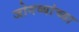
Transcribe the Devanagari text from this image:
जोगव्यांच्या